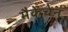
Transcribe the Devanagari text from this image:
मैकेचेन